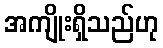
အကျိုးရှိသည်ဟု